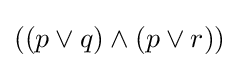
((p\lor q)\land (p\lor r))